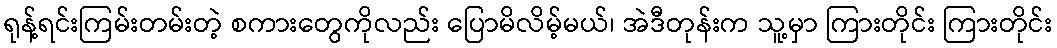
ရုန့်ရင်းကြမ်းတမ်းတဲ့ စကားတွေကိုလည်း ပြောမိလိမ့်မယ်၊ အဲဒီတုန်းက သူ့မှာ ကြားတိုင်း ကြားတိုင်း